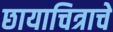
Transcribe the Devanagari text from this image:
छायाचित्राचे